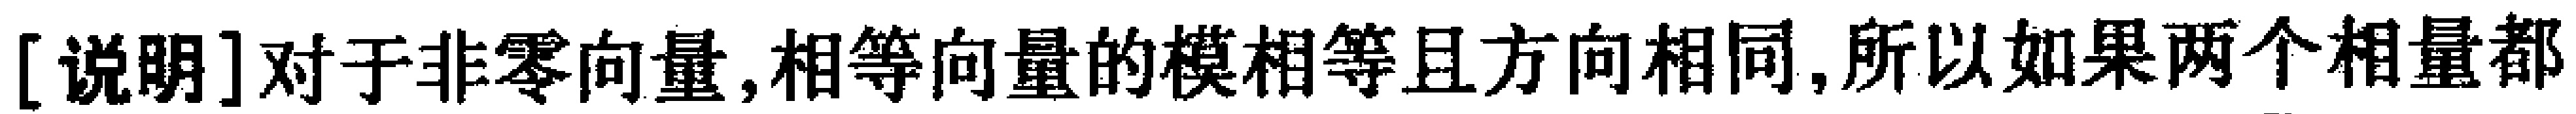
[说明]对于非零向量,相等向量的模相等且方向相同,所以如果两个向量都